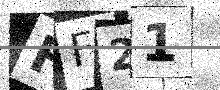
Text: HF21